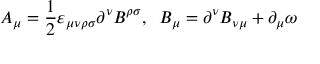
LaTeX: A _ { \mu } = \frac { 1 } { 2 } { \varepsilon } _ { \mu \nu \rho \sigma } \partial ^ { \nu } B ^ { \rho \sigma } , \; \; B _ { \mu } = \partial ^ { \nu } B _ { \nu \mu } + \partial _ { \mu } \omega